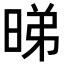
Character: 𬀹